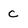
Character: c